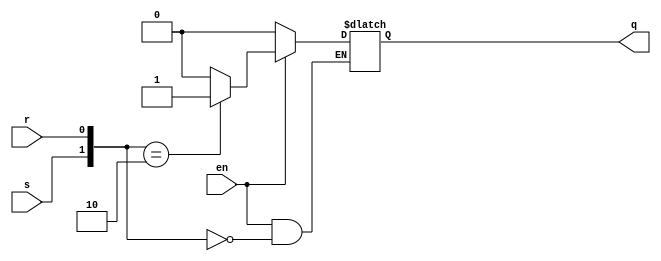
`timescale 1ns / 1ps
//////////////////////////////////////////////////////////////////////////////////
// Company: 
// Engineer: 
// 
// Design Name: 
// Module Name: SR_LATCH
// Project Name: 
// Target Devices: 
// Tool Versions: 
// Description: 
// 
// Dependencies: 
// 
// Revision:
// Revision 0.01 - File Created
// Additional Comments:
// 
//////////////////////////////////////////////////////////////////////////////////


module SR_LATCH (input s ,r , en,output reg q);
  always@(s or r or en)begin
    if(en)
      case({s,r})
        2'b00 : q<= q;
        2'b01 : q<= 0;
        2'b10 : q<= 1;
        2'b11 : q<= 1'bx;
      endcase
    else 
          q<=0;
  end
endmodule